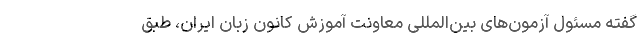
گفته مسئول آزمون‌های بین‌المللی معاونت آموزش کانون زبان ایران، طبق